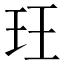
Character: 玨